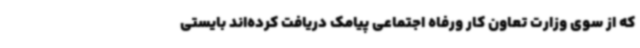
که از سوی وزارت تعاون کار ورفاه اجتماعی پیامک دریافت کرده‌اند بایستی